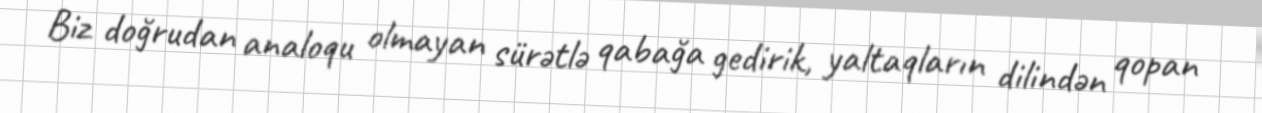
Biz doğrudan analoqu olmayan sürətlə qabağa gedirik, yaltaqların dilindən qopan